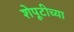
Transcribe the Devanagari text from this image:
शेपूटीच्या